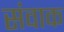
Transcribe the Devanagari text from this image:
संवाक